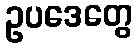
ဥပဒေတွေ